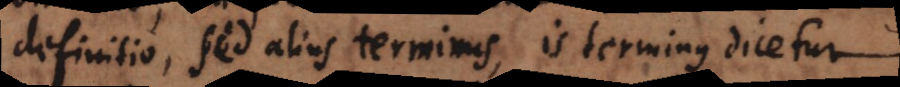
definitio, sed alius terminus, is terminus dicetur